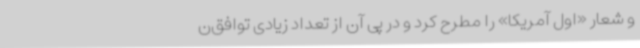
و شعار «اول آمریکا» را مطرح کرد و در پی آن از تعداد زیادی توافق‌ن